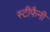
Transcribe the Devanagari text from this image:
स्टीफैनी